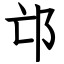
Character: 邙